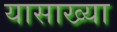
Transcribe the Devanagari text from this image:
यासाख्या